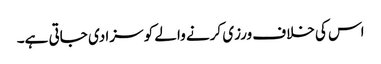
اس کی خلاف ورزی کرنے والے کو سزا دی جاتی ہے۔